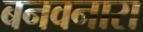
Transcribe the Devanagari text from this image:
बनवनारा